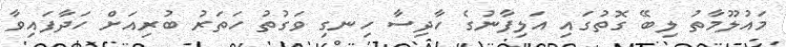
މައުލޫމާތު ލިބޭ ގޮތުގައި އަލިފާނުގެ ހާދިސާ ހިނގި ވަގުތު ހަތަރު ބުރިއަށް ހަދާފައިވާ